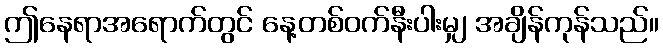
ဤနေရာအရောက်တွင် နေ့တစ်ဝက်နီးပါးမျှ အချိန်ကုန်သည်။